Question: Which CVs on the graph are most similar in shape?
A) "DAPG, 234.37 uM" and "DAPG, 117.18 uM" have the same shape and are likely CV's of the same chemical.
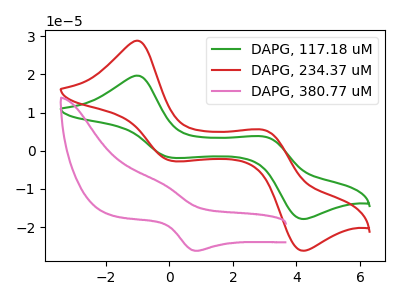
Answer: <think>The green curve "DAPG, 117.18 uM" has anodic peaks at (-1.00V, 19.70uA) (3.00V, 3.65uA) and cathodic peaks at (0.10V, -1.85uA) (4.20V, -17.90uA). The red curve "DAPG, 234.37 uM" has anodic peaks at (-1.00V, 28.85uA) (3.00V, 5.35uA) and cathodic peaks at (0.10V, -2.70uA) (4.20V, -26.20uA). The pink curve "DAPG, 380.77 uM" has an anodic peak at (-0.25V, -8.40uA) and a cathodic peak at (0.85V, -26.20uA).
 All the peaks in "DAPG, 117.18 uM" have a peak in "DAPG, 234.37 uM" at the same potential. Every peak in "DAPG, 117.18 uM" is lower than every peak in "DAPG, 234.37 uM". "DAPG, 117.18 uM" and "DAPG, 380.77 uM" have a different number of peaks. "DAPG, 234.37 uM" and "DAPG, 380.77 uM" have a different number of peaks.</think>
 <answer>A) "DAPG, 234.37 uM" and "DAPG, 117.18 uM" have the same shape and are likely CV's of the same chemical.</answer>
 <eval>A</eval>